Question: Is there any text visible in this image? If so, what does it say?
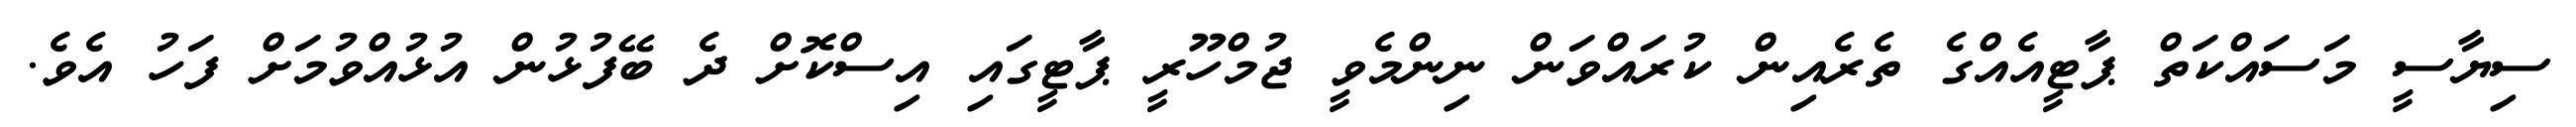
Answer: ސިޔާސީ މަސައްކަތް ޕާޓީއެއްގެ ތެރެއިން ކުރައްވަން ނިންމެވީ ޖުމްހޫރީ ޕާޓީގައި އިސްކޮށް ދެ ބޭފުޅުން އުޅުއްވުމަށް ފަހު އެވެ.